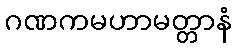
ဂဏကမဟာမတ္တာနံ